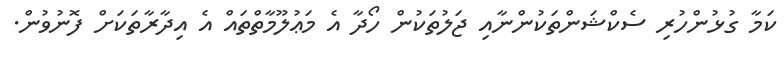
ކަމާ ގުޅުންހުރި ސެކްޝަންތަކުންނާއި ޖަލުތަކުން ހޯދާ އެ މަޢުލޫމާތްތައް އެ އިދާރާތަކަށް ފޮނުވުން.